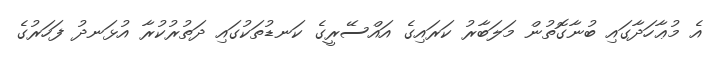
އެ މުޢާހަދާގައި ބުނާގޮތުން މަލަބާރު ކަރައިގެ އައްސޭރީގެ ކަނޑުތަކުގައި ދަތުރުކުރާ އުޅަނދު ފަހަރުގެ